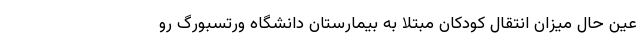
عین حال میزان انتقال کودکان مبتلا به بیمارستان دانشگاه ورتسبورگ رو